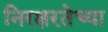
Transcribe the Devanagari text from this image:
निरक्षरतेच्या